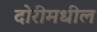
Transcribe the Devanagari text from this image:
दोरीमधील